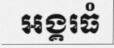
អង្គរធំ